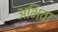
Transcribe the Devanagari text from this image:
अभिवा